65_HS1-834228961_62-HQ-83894_Section_10
Agency: FBI
Page 36
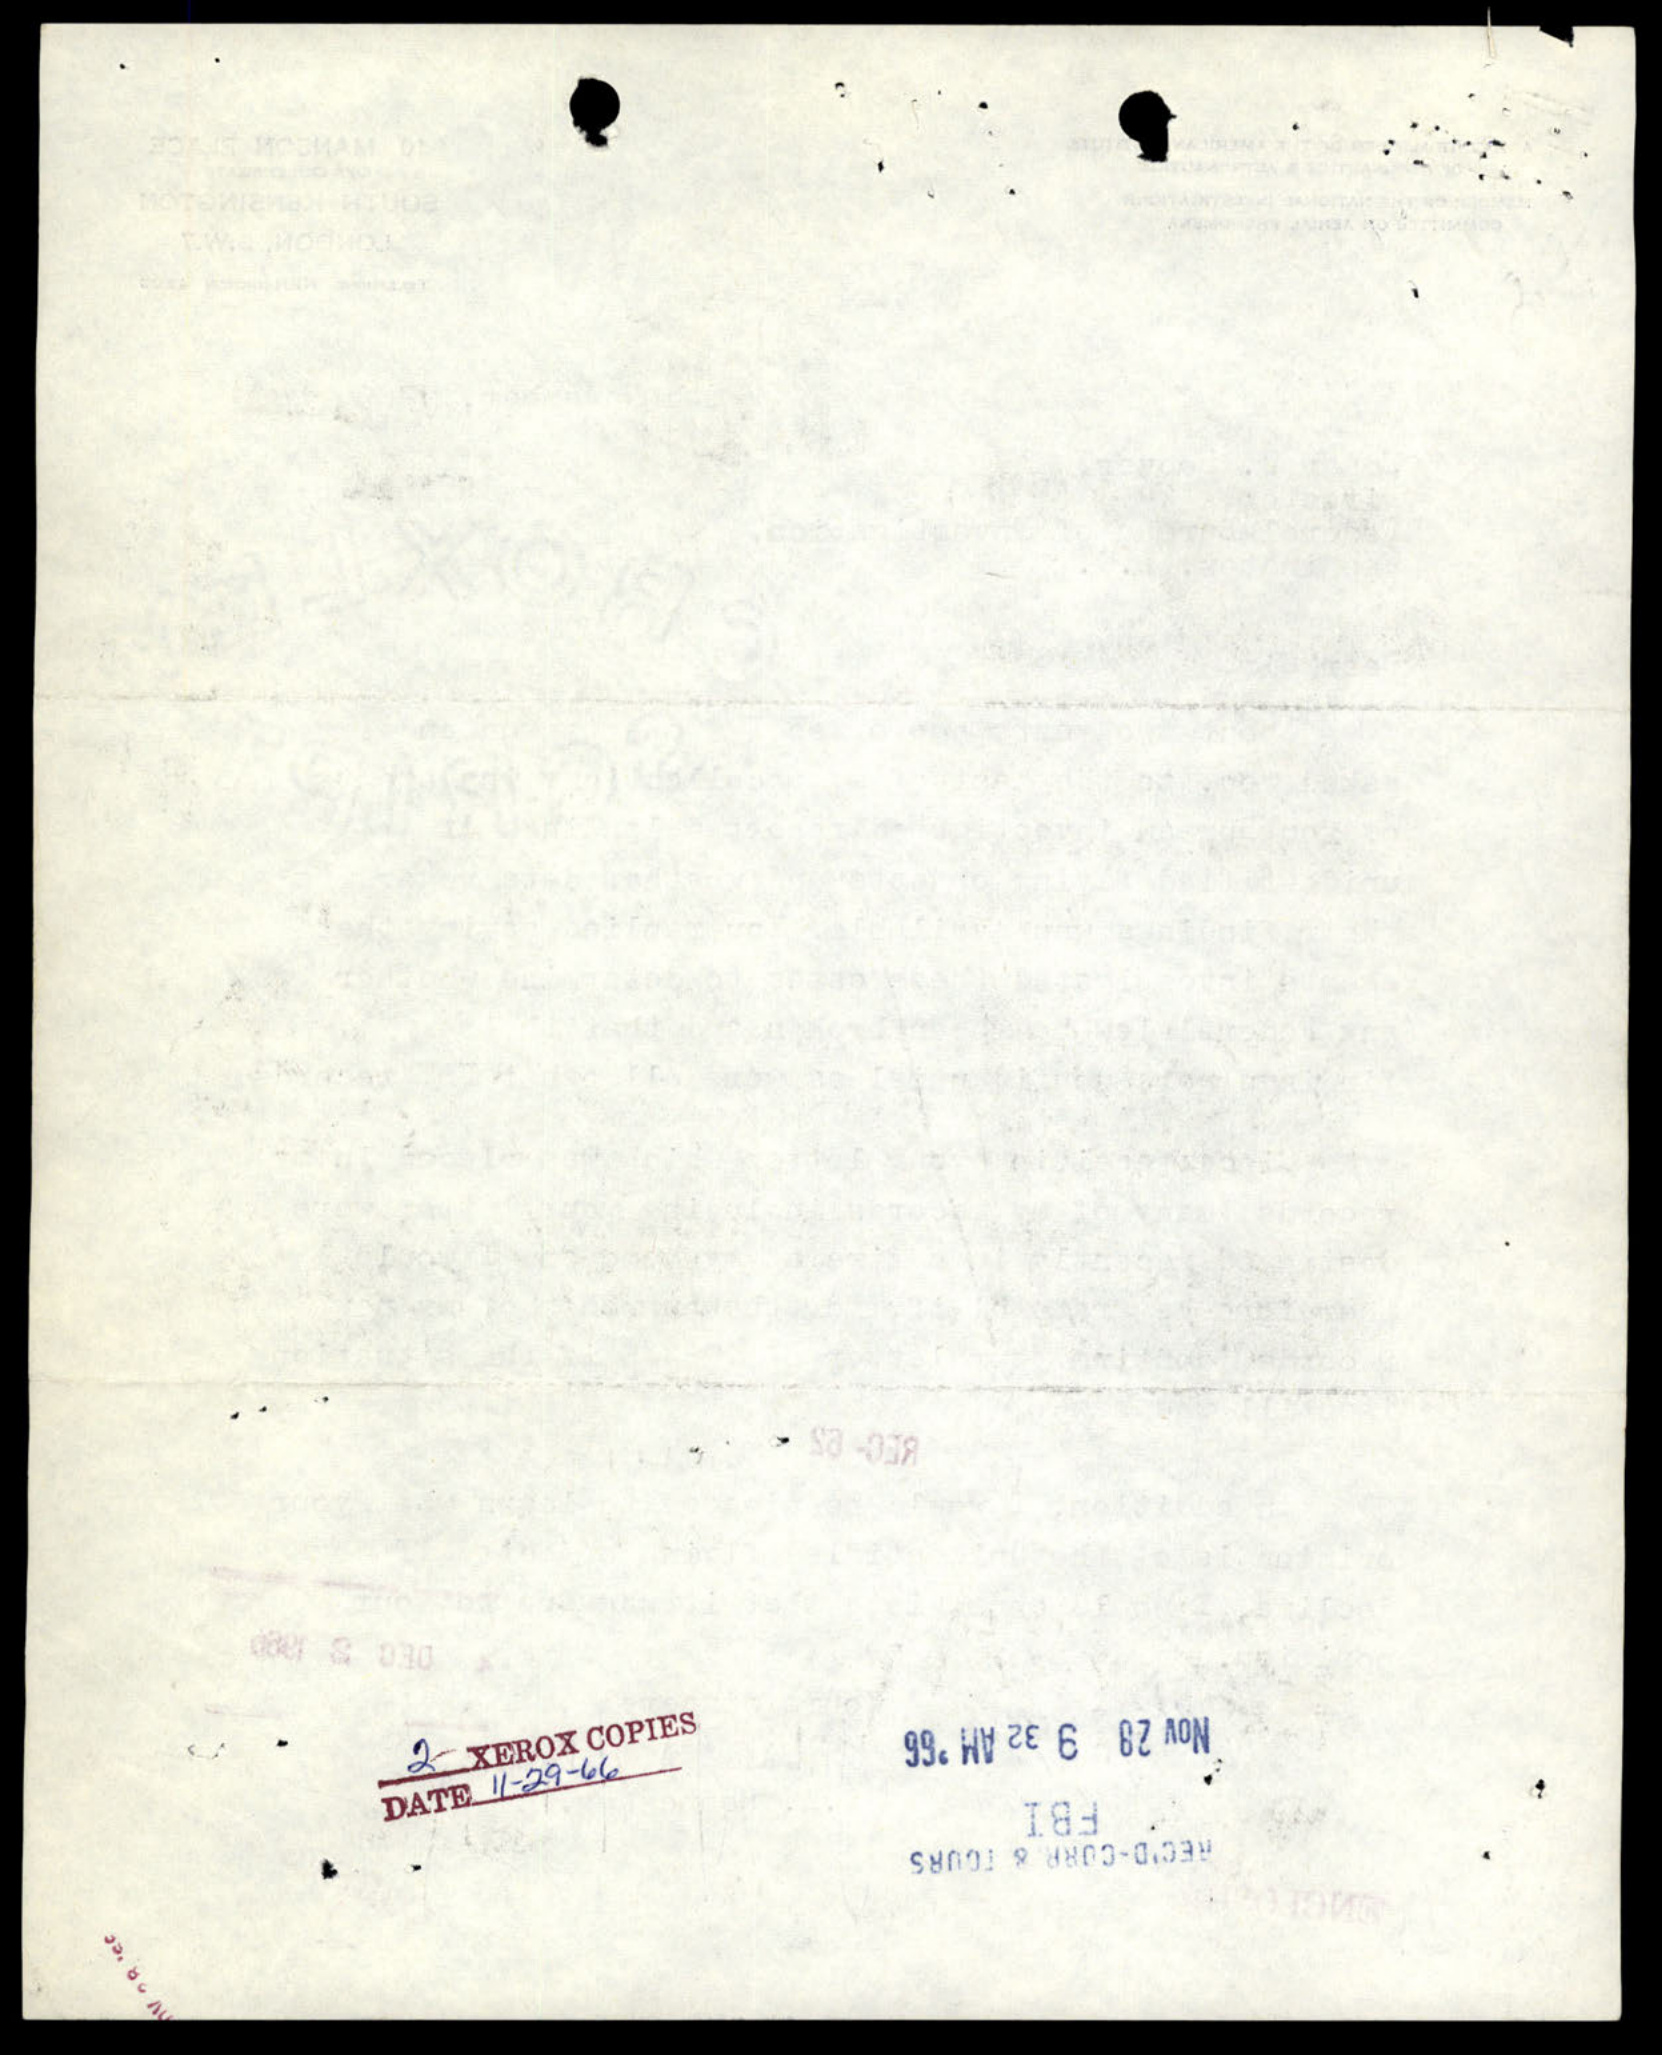